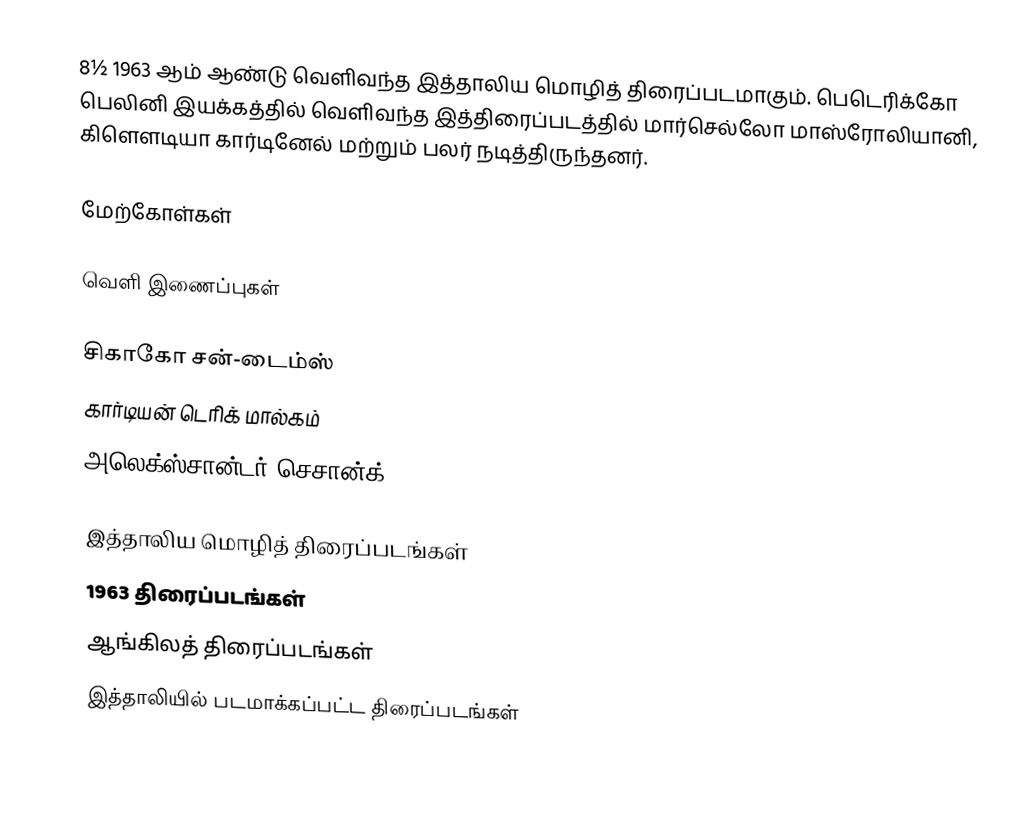
8½ 1963 ஆம் ஆண்டு வெளிவந்த இத்தாலிய மொழித் திரைப்படமாகும். பெடெரிக்கோ பெலினி இயக்கத்தில் வெளிவந்த இத்திரைப்படத்தில் மார்செல்லோ மாஸ்ரோலியானி, கிளௌடியா கார்டினேல் மற்றும் பலர் நடித்திருந்தனர்.

மேற்கோள்கள்

வெளி இணைப்புகள்

சிகாகோ சன்-டைம்ஸ்
கார்டியன் டெரிக் மால்கம்
அலெக்ஸ்சான்டர் செசான்க்

இத்தாலிய மொழித் திரைப்படங்கள்
1963 திரைப்படங்கள்
ஆங்கிலத் திரைப்படங்கள்
இத்தாலியில் படமாக்கப்பட்ட திரைப்படங்கள்